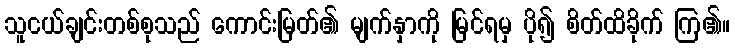
သူငယ်ချင်းတစ်စုသည် ကောင်းမြတ်၏ မျက်နှာကို မြင်ရမှ ပို၍ စိတ်ထိခိုက် ကြ၏။